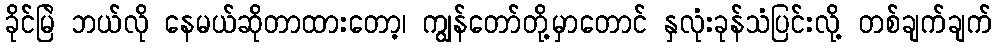
ခိုင်မြဲ ဘယ်လို နေမယ်ဆိုတာထားတော့၊ ကျွန်တော်တို့မှာတောင် နှလုံးခုန်သံပြင်းလို့ တစ်ချက်ချက်